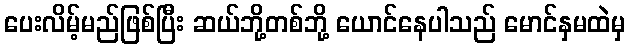
ပေးလိမ့်မည်ဖြစ်ပြီး ဆယ်ဘို့တစ်ဘို့ ယောင်နေပါသည် မောင်နှမထဲမှ